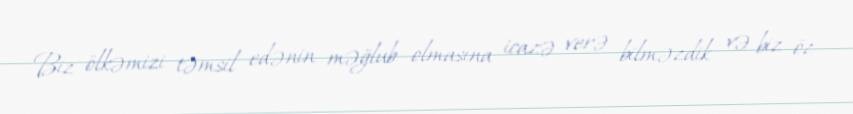
Biz ölkəmizi təmsil edənin məğlub olmasına icazə verə bilməzdik və biz öz